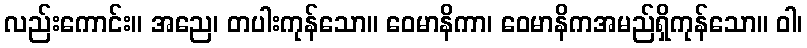
လည်းကောင်း။ အညေ၊ တပါးကုန်သော။ ဝေမာနိကာ၊ ဝေမာနိကအမည်ရှိကုန်သော။ ဝါ၊